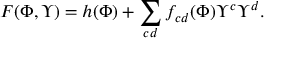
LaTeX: { \cal F } { ( \Phi , { \Upsilon } ) } = h ( { \Phi } ) + \sum _ { c d } f _ { c d } ( { \Phi } ) { \Upsilon } ^ { c } { \Upsilon } ^ { d } .